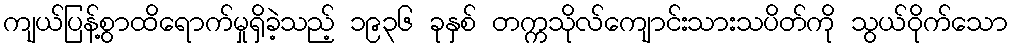
ကျယ်ပြန့်စွာထိရောက်မှုရှိခဲ့သည့် ၁၉၃၆ ခုနှစ် တက္ကသိုလ်ကျောင်းသားသပိတ်ကို သွယ်ဝိုက်သော